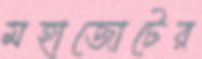
মহাজোটের